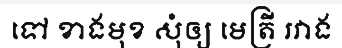
ទៅ ខាងមុខ សុំឲ្យ មេត្រី រវាង